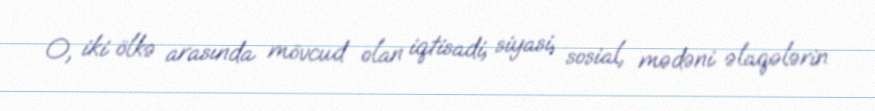
O, iki ölkə arasında mövcud olan iqtisadi, siyasi, sosial, mədəni əlaqələrin